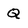
Character: Q